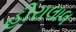
હીરાલાલ